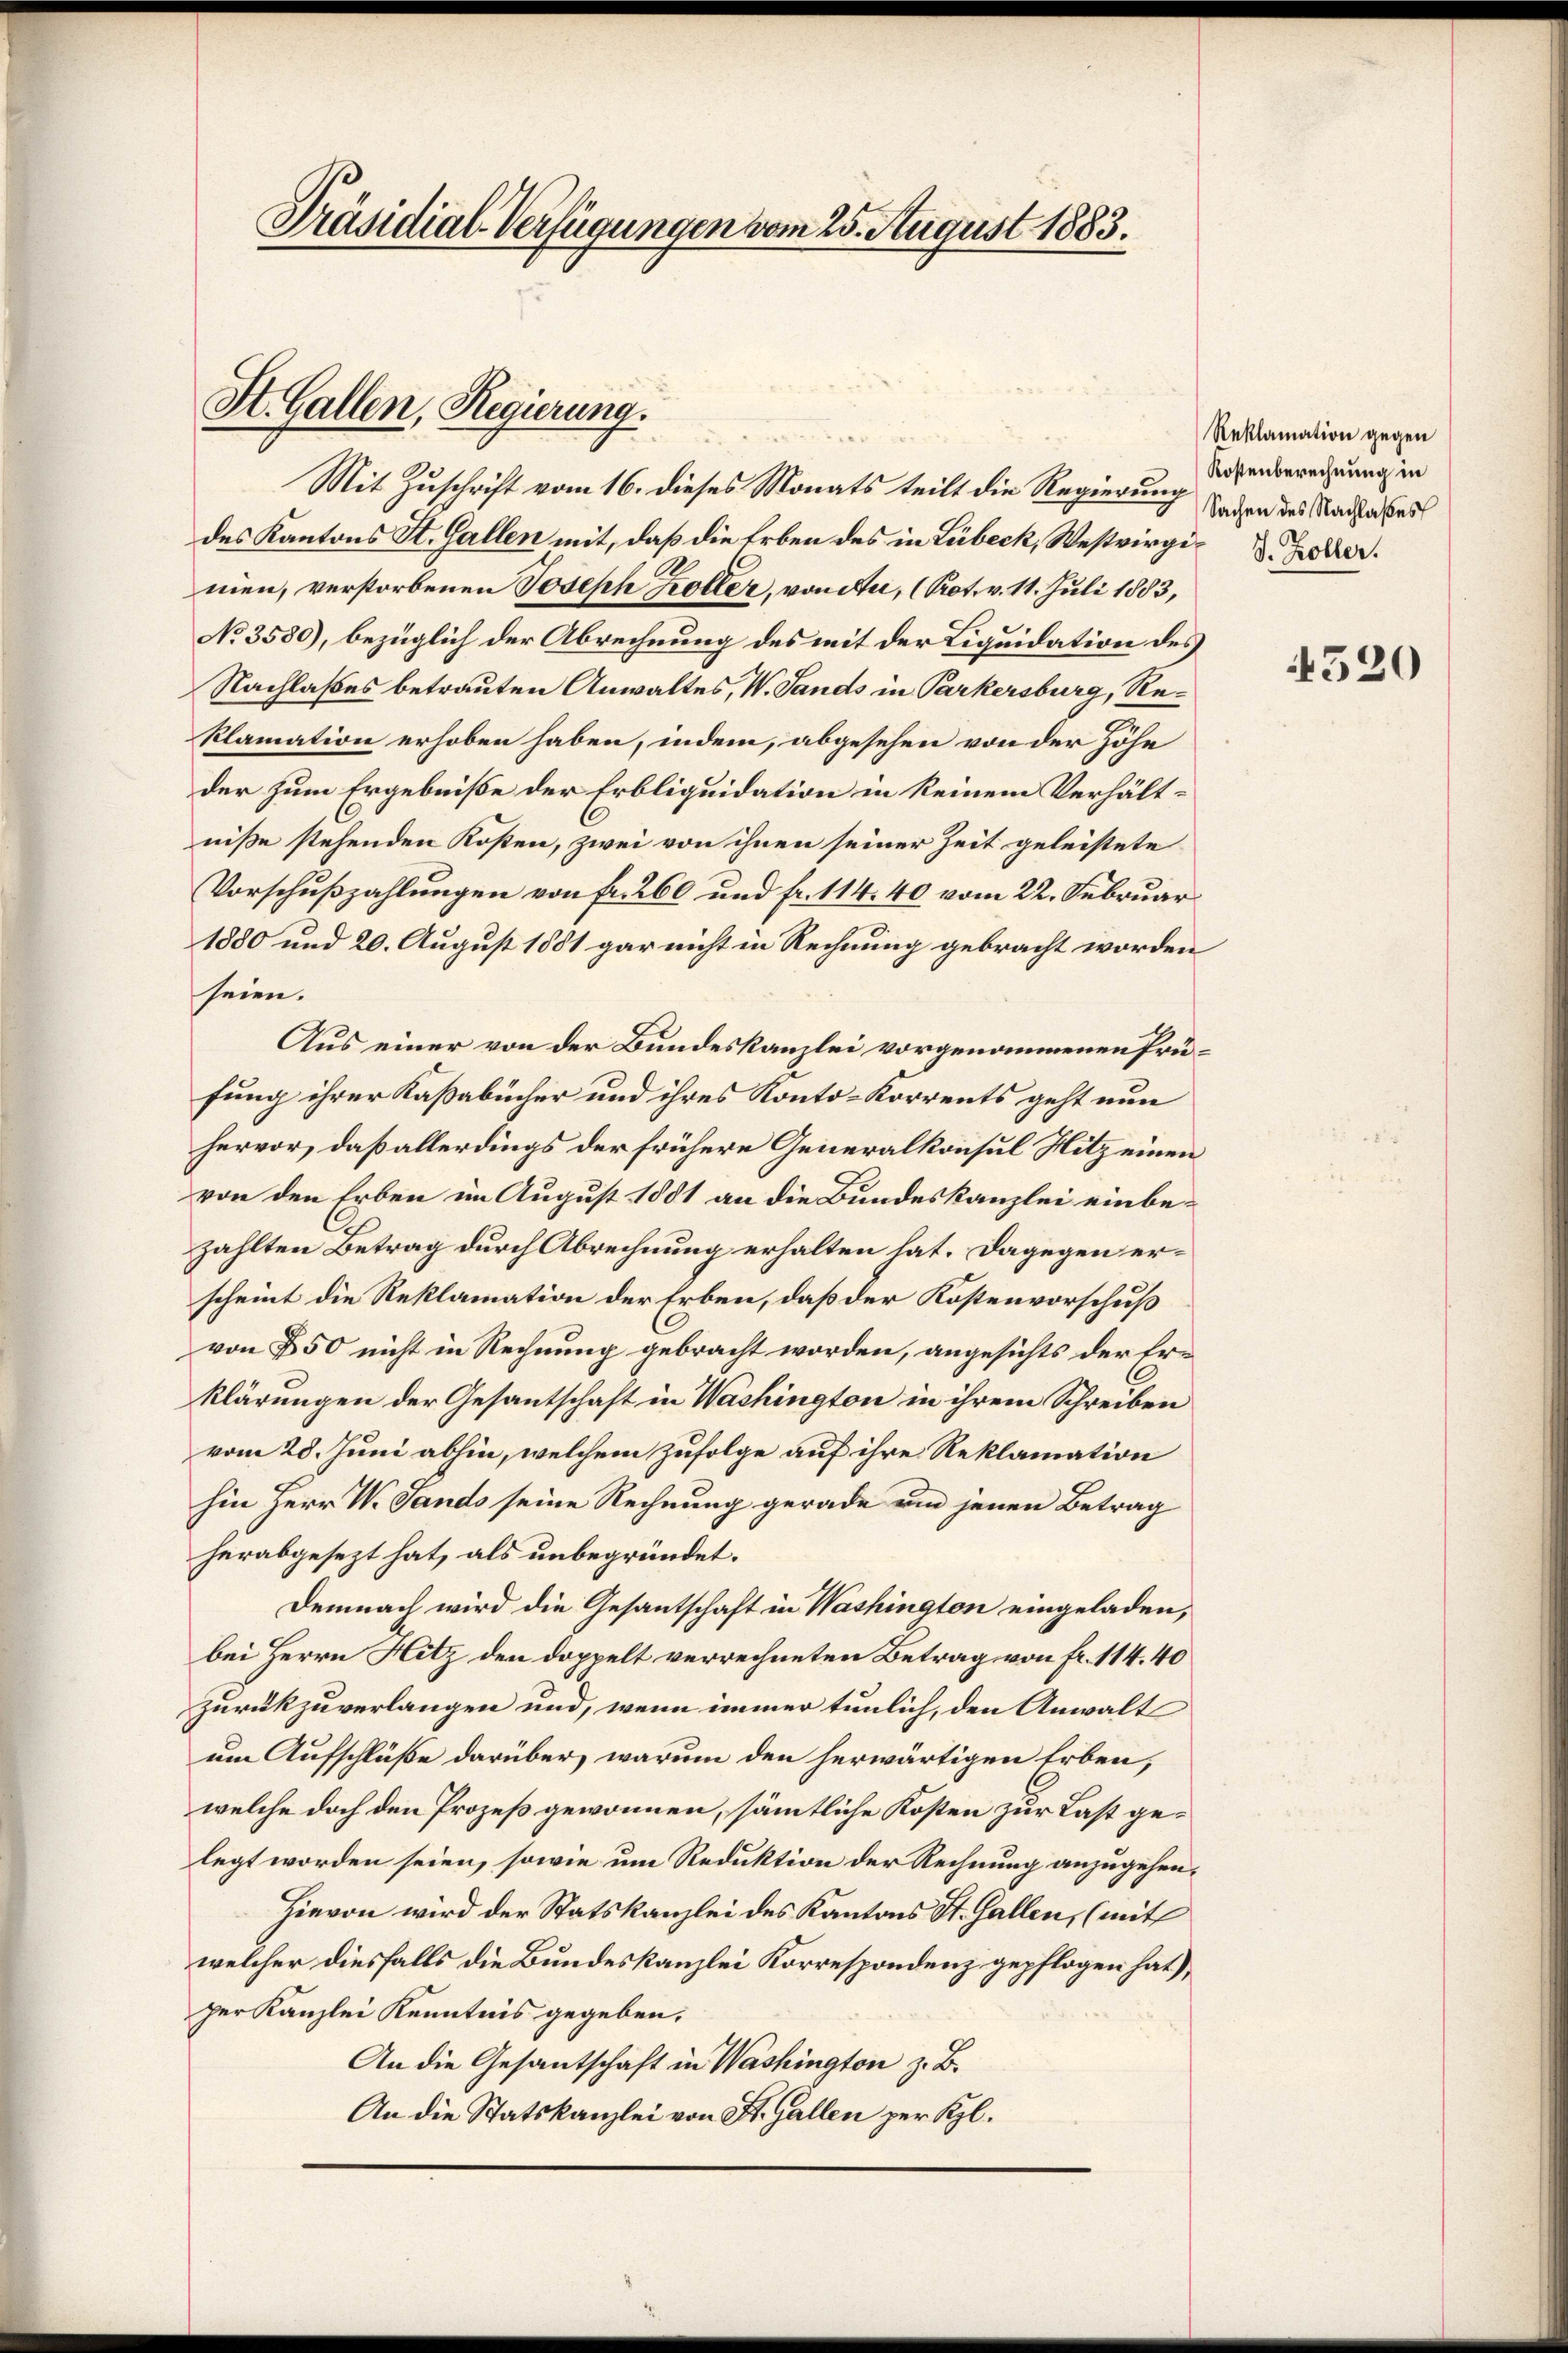
Präsidial-Verfügungen vom 25. August 1883.

St. Gallen, Regierung.

Mit Zuschrift vom 16. dieses Monats teilt die Regierung
des Kantons St. Gallen mit, daß die Erben des in Lübeck, Westwirgi. Galler.
men, verstorbenen Joseph Koller, von da, (Rot. v. 11. Juli 1883,
No 3580), bezüglich der Abrechnung des mit der Liquidation des
Nachlaßes betrauten Anwaltes, W. Sands in Parkersburg, Reklamation erhoben haben, indem, abgesehen von der Höhe
der zum Ergebniße der Erbliquidation in keinem Verhältniße stehenden Kosten, zwei von ihnen seiner Zeit geleistete
Vorschußzahlungen von fr. 260 und fr. 114. 40 vom 22. Februar
1880 und 20. August 1881 gar nicht in Rechnung gebracht worden
seien.
Aus einer von der Bundeskanzlei vorgenommenen Prüfung ihrer Kassabücher und ihres Konto-Korrents geht nun
hervor, daß allerdings der frühere Generalkonsul Hitz einen
von den Erben im August 1881 an die Bundeskanzlei einbezählten Betrag durch Abrechnung erhalten hat. Dagegen erscheint die Reklamation der Erben, daß der Kostenvorschuß
von 850 nicht in Rechnung gebracht worden, angesichts der Erklärungen der Gesantschaft in Washington in ihrem Schreiben
vom 28. Juni abhin, welchem zufolge auf ihre Reklamation
hin Herr W. Sands seine Rechnung gerade um jenen Betrag
herabgesezt hat, als unbegründet.
Demnach wird die Gesantschaft in Washington eingeladen,
bei Herrn Hitz den doppelt verrechneten Betrag von Fr. 114. 40
zurückzuverlangen und, wenn immer tunlich, den Anwalt
um Aufschlüße darüber, warum den herwärtigen Erben,
welche doch den Prozeß gewonnen, sämmtliche Kosten zur Last gelegt worden seien, sowie um Reduktion der Rechnung anzugehen.
Hievon wird der Statskanzlei des Kantons St. Gallen, (mit
welcher diesfalls die Bundeskanzlei Korrespondenz gepflogen hat),
per Kanzlei Kenntnis gegeben,
An die Gesantschaft in Washington z. B.
An die Statskanzlei von St. Gallen per Kgl.

Reklamation gegen
Kostenberechnung in
Sachen des Nachlaßes

4520